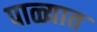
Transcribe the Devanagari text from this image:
पाळ्यात